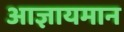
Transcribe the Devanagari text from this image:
आज्ञायमान